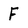
Character: F